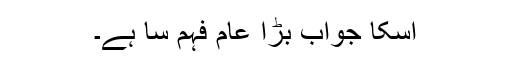
اسکا جواب بڑا عام فہم سا ہے۔